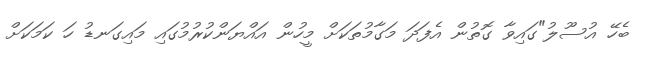
ބެހޭ އުސޫލު"ގައިވާ ގޮތުން އެފަދަ މަގާމުތަކަށް މީހުން އައްޔަންކުރުމުގައި މައިގަނޑު ހަ ކަމަކަށް